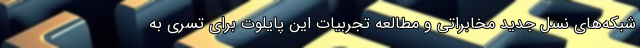
شبکه‌های نسل جدید مخابراتی و مطالعه تجربیات این پایلوت برای تسری به